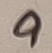
Text: 9